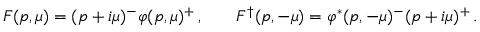
{ \cal F } ( p , \mu ) = ( p + i \mu ) ^ { - } \varphi ( p , \mu ) ^ { + } \, , \quad \; \; \; { \cal F } ^ { \dagger } ( p , - \mu ) = \varphi ^ { * } ( p , - \mu ) ^ { - } ( p + i \mu ) ^ { + } \, .